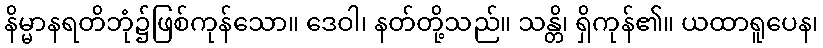
နိမ္မာနရတိဘုံ၌ဖြစ်ကုန်သော။ ဒေဝါ၊ နတ်တို့သည်။ သန္တိ၊ ရှိကုန်၏။ ယထာရူပေန၊